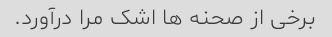
برخی از صحنه ها اشک مرا درآورد.